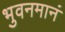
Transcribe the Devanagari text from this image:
भुवनमानं